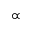
\propto